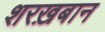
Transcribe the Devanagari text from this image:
शरख़बान